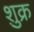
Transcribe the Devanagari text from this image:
शु़क्र